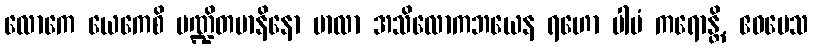
လောကေ ယေကေစိ ပဏ္ဍိတမာနိနော ဗာလာ အသိလောကဘယေန ရဟော ပါပံ ကရောန္တိ, ဧဝမေသ